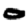
Digit: 0